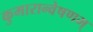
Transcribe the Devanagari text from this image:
कुमारान्वेषणम्